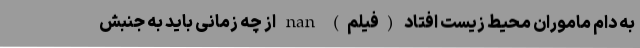
به دام ماموران محیط زیست افتاد (فیلم) nan از چه زمانی باید به جنبش